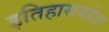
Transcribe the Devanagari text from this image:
इतिहासकोश